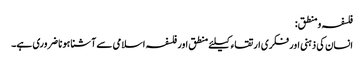
فلسفہ ومنطق:
انسان کی ذہنی اور فکری ارتقاء کیلئے منطق اور فلسفہ اسلامی سے آشنا ہونا ضروری ہے۔